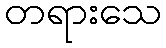
တရားသေ